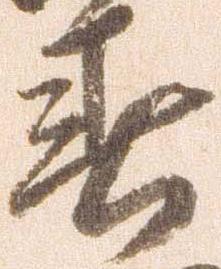
春